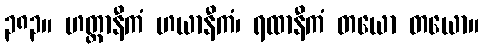
၃၈၃။ ဟတ္ထာနီကံ ဟယာနီကံ၊ ရထာနီကံ တယော တယော။